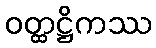
ဝတ္ထဋ္ဌိကဿ